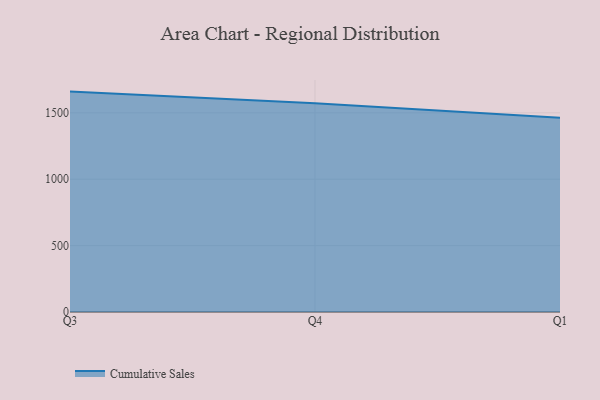
{"axis": {"x": "Quarter", "y": "Bounce Rate (%)"}, "legend": ["Cumulative Sales"], "data": [{"x": "Q3", "y": 1660.0, "type": "Cumulative Sales"}, {"x": "Q4", "y": 1573.0, "type": "Cumulative Sales"}, {"x": "Q1", "y": 1463.1, "type": "Cumulative Sales"}]}